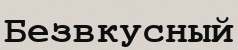
Безвкусный